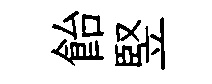
飴竪